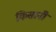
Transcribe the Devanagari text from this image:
किसानोँ